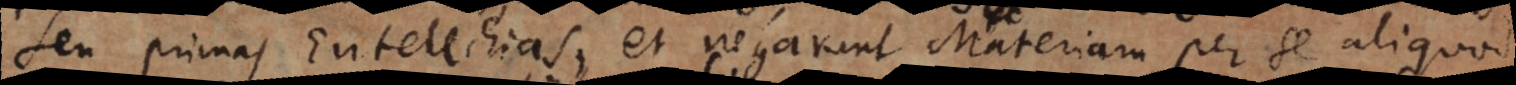
seu primas Entelechias, et negarunt Materiam per se aliquod